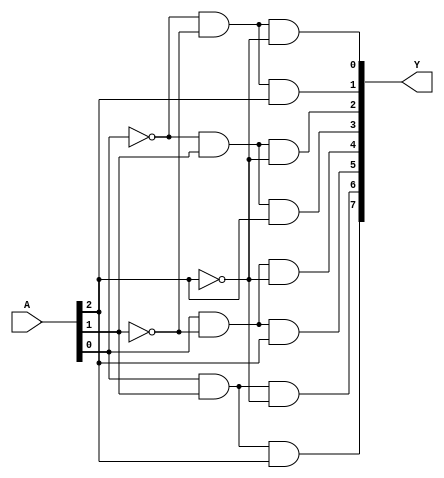
module AND_Decoder_3_to_8(
  input [2:0] A,
  output [7:0] Y
);

  wire A0, A1, A2; // Declare wires for each input bit

  // Connect each output bit to the correct combination of input bits
  assign Y[0] = ~A0 & ~A1 & ~A2;
  assign Y[1] = ~A0 & ~A1 & A2;
  assign Y[2] = ~A0 & A1 & ~A2;
  assign Y[3] = ~A0 & A1 & A2;
  assign Y[4] = A0 & ~A1 & ~A2;
  assign Y[5] = A0 & ~A1 & A2;
  assign Y[6] = A0 & A1 & ~A2;
  assign Y[7] = A0 & A1 & A2;

  // Assign input wires based on input signals
  assign A0 = A[0];
  assign A1 = A[1];
  assign A2 = A[2];

endmodule